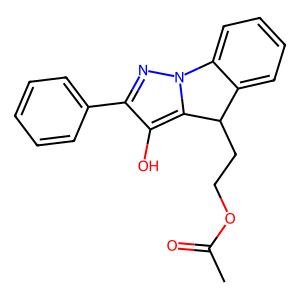
SMILES: CC(=O)OCCC1c2ccccc2-n2nc(-c3ccccc3)c(O)c21
Inhibits HIV replication: No